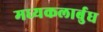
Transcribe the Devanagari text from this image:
मध्यकलार्बुध